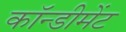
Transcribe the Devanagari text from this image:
कॉन्डीमेंट